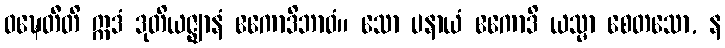
ဝဍ္ဎေတီတိ ဣဒံ ဒုတိယဇ္ဈာနံ ဧကောဒိဘာဝံ။ သော ပနာယံ ဧကောဒိ ယသ္မာ စေတသော, န